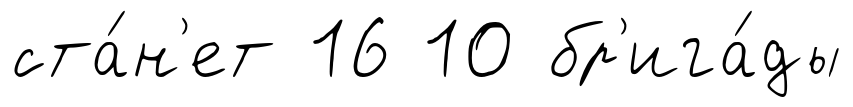
ста́н'ет 16 10 бр'ига́ды